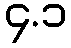
၄.၁